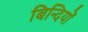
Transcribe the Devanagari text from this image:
बिन्दियों